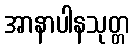
အာနာပါနသုတ္တ